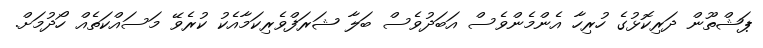
ޕަޝްތޫން ދަރިކޮޅުގެ ހުރިހާ އެންމެންވެސް އަބަދުވެސް ބަލާ ޝަރަފްވެރިކަމާއެކު ކުރެވޭ މަސައްކަތެއް ހޯދުމަށް.